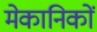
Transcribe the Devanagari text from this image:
मेकानिकों